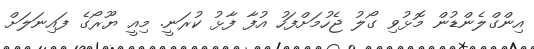
އިންގްލެންޑުން މޮޅުވި ގޯލު ޖެހުމަށްފަހު އުފާ ފާޅު ކުރަނީ. މިއީ ޔޫރޯގެ ފައިނަލަށް